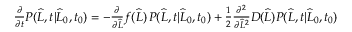
\begin{array} { r } { \frac { \partial } { \partial t } P ( \widehat { L } , t | \widehat { L } _ { 0 } , t _ { 0 } ) = - \frac { \partial } { \partial \widehat { L } } f ( \widehat { L } ) \, P ( \widehat { L } , t | \widehat { L } _ { 0 } , t _ { 0 } ) + \frac { 1 } { 2 } \frac { \partial ^ { 2 } } { \partial \widehat { L } ^ { 2 } } D ( \widehat { L } ) P ( \widehat { L } , t | \widehat { L } _ { 0 } , t _ { 0 } ) } \end{array}